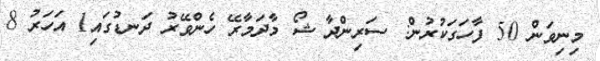
މިނިވަން 50 ފާހަގަކުރުން: ސަރިންދާ ޝޯ މާދަމާރޭ ހެންވޭރު ދަނޑުގައި1 އަހަރު 8